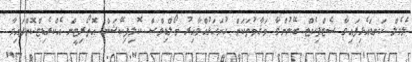
ލެވެލް ކަނޑައެޅިފައިވާ ސެޓްފިކެޓް ބޭނުންވާ މަޤާމުތަކަށް ހުށަހަޅުއްވާއިރު މޯލްޑިވްސް ކޮލިފިކޭޝަން އޮތޯރިޓީން އެކްރެޑިޓްކޮށްފައިވާ